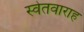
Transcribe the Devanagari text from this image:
स्वेतवाराह